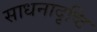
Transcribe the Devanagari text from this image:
साधनादृष्टि